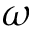
\omega